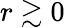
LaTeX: r\gtrsim 0